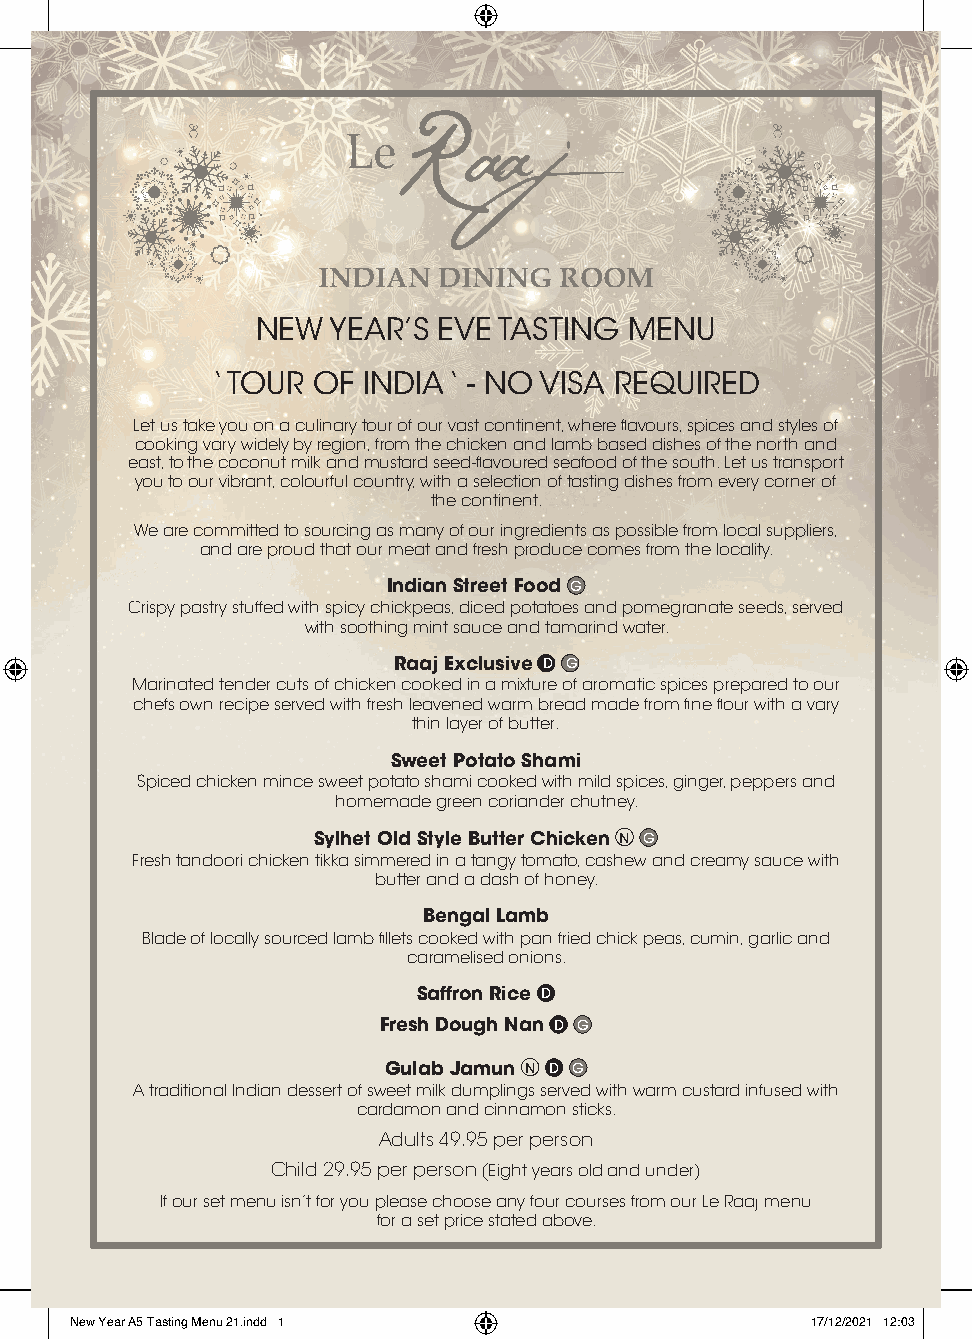
INDIAN  DINING  ROOM
 NEW  YEAR’S EVE TASTING  MENU
 ‘ TOUR OF INDIA ‘ - NO VISA REQUIRED
 Let us take you on a culinary tour of our vast continent, where fla vours, spices and styles of
 cooking vary widely by region, from the chicken and lamb based dishes of the north and
 east, to the coconut milk and mustard seed-fla voured seafood of the south. Let us transport
 you to our vibrant, colourful country, with a selection of tasting dishes from every corner of
 the continent.
 We are committed to sourcing as many of our ingredients as possible from local suppliers,
 and are proud that our meat and fresh produce comes from the locality.
 Indian Street Food G
 Crispy pastry stuffed with spicy chickpeas, diced potatoes and pomegranate seeds, served
 with soothing mint sauce and tamarind water.
 Raaj Exclusive D G
 Marinated tender cuts of chicken cooked in a mixture of aromatic spices prepared to our
 chefs own recipe served with fresh leavened warm bread made from fine flo ur with a vary
 thin layer of butter.
 Sweet Potato Shami
 Spiced chicken mince sweet potato shami cooked with mild spices, ginger, peppers and
 homemade green coriander chutney.
 Sylhet Old Style Butter Chicken N G
 Fresh tandoori chicken tikka simmered in a tangy tomato, cashew and creamy sauce with
 butter and a dash of honey.
 Bengal Lamb
 Blade of locally sourced lamb fi llets cooked with pan fried chick peas, cumin, garlic and
 caramelised onions.
 Saffron Rice D
 Fresh Dough Nan D G
 Gulab Jamun N D G
 A traditional Indian dessert of sweet milk dumplings served with warm custard infused with
 cardamon and cinnamon sticks.
 Adults 49.95 per person
 Child 29.95 per person (Eight years old and under)
 If our set menu isn’t for you please choose any four courses from our Le Raaj menu
 for a set price stated above.
 NNeeww YYeeaarr AA55 TTaassttiinngg MMeennuu 2211..iinndddd 11 1177//1122//22002211 1122::0033